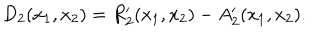
D _ { 2 } ( x _ { 1 } , x _ { 2 } ) = R _ { 2 } ^ { \prime } ( x _ { 1 } , x _ { 2 } ) - A _ { 2 } ^ { \prime } ( x _ { 1 } , x _ { 2 } ) .